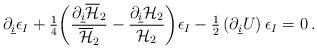
LaTeX: \begin{align*}\partial_{\underline i}\epsilon_I +{\textstyle\frac{1}{4}}\biggl ({\partial_{\underline i}{\overline {\cal H}_2}\over{\overline {\cal H}_2}}-{\partial_{\underline i}{\cal H}_2\over {\cal H}_2}\biggr )\epsilon_I -{\textstyle\frac{1}{2}}\left( \partial_{\underline i}U\right)\epsilon_I=0\, .\end{align*}